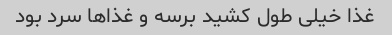
غذا خیلی طول کشید برسه و غذاها سرد بود